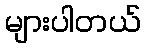
များပါတယ်